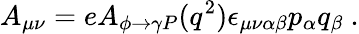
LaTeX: A_{\mu\nu}=eA_{\phi\to\gamma P}(q^{2})\epsilon_{\mu\nu\alpha\beta}p_{\alpha}q_{\beta}\ .